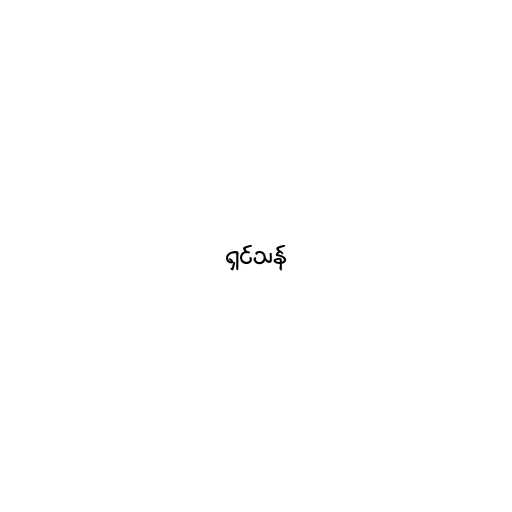
ရှင်သန်